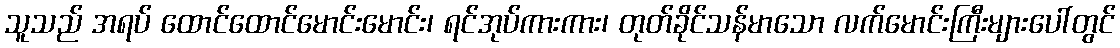
သူသည် အရပ် ထောင်ထောင်မောင်းမောင်း၊ ရင်အုပ်ကားကား၊ တုတ်ခိုင်သန်မာသော လက်မောင်းကြီးများပေါ်တွင်